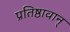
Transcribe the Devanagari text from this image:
प्रतिष्ठावान्